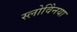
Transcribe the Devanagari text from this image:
स्लोवेिनया